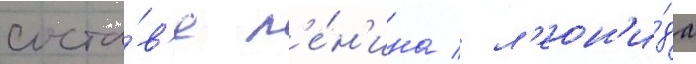
соста́в'е л'е́н'ина / л'еон'и́да